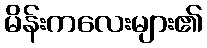
မိန်းကလေးများ၏